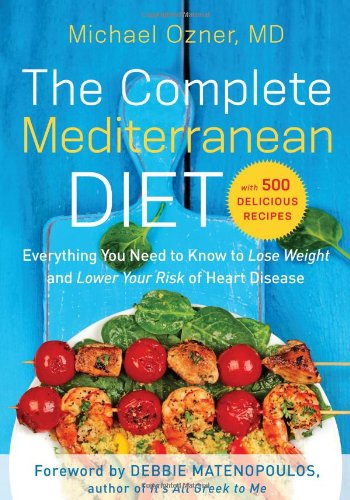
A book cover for The Complete Mediterranean Diet: Everything You Need to Know to Lose Weight and Lower Your Risk of Heart Disease... with 500 Delicious Recipes; Michael Ozner; Health, Fitness & Dieting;